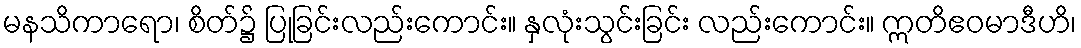
မနသိကာရော၊ စိတ်၌ ပြုခြင်းလည်းကောင်း။ နှလုံးသွင်းခြင်း လည်းကောင်း။ ဣတိဧဝမာဒီဟိ၊